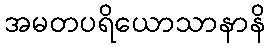
အမတပရိယောသာနာနိ